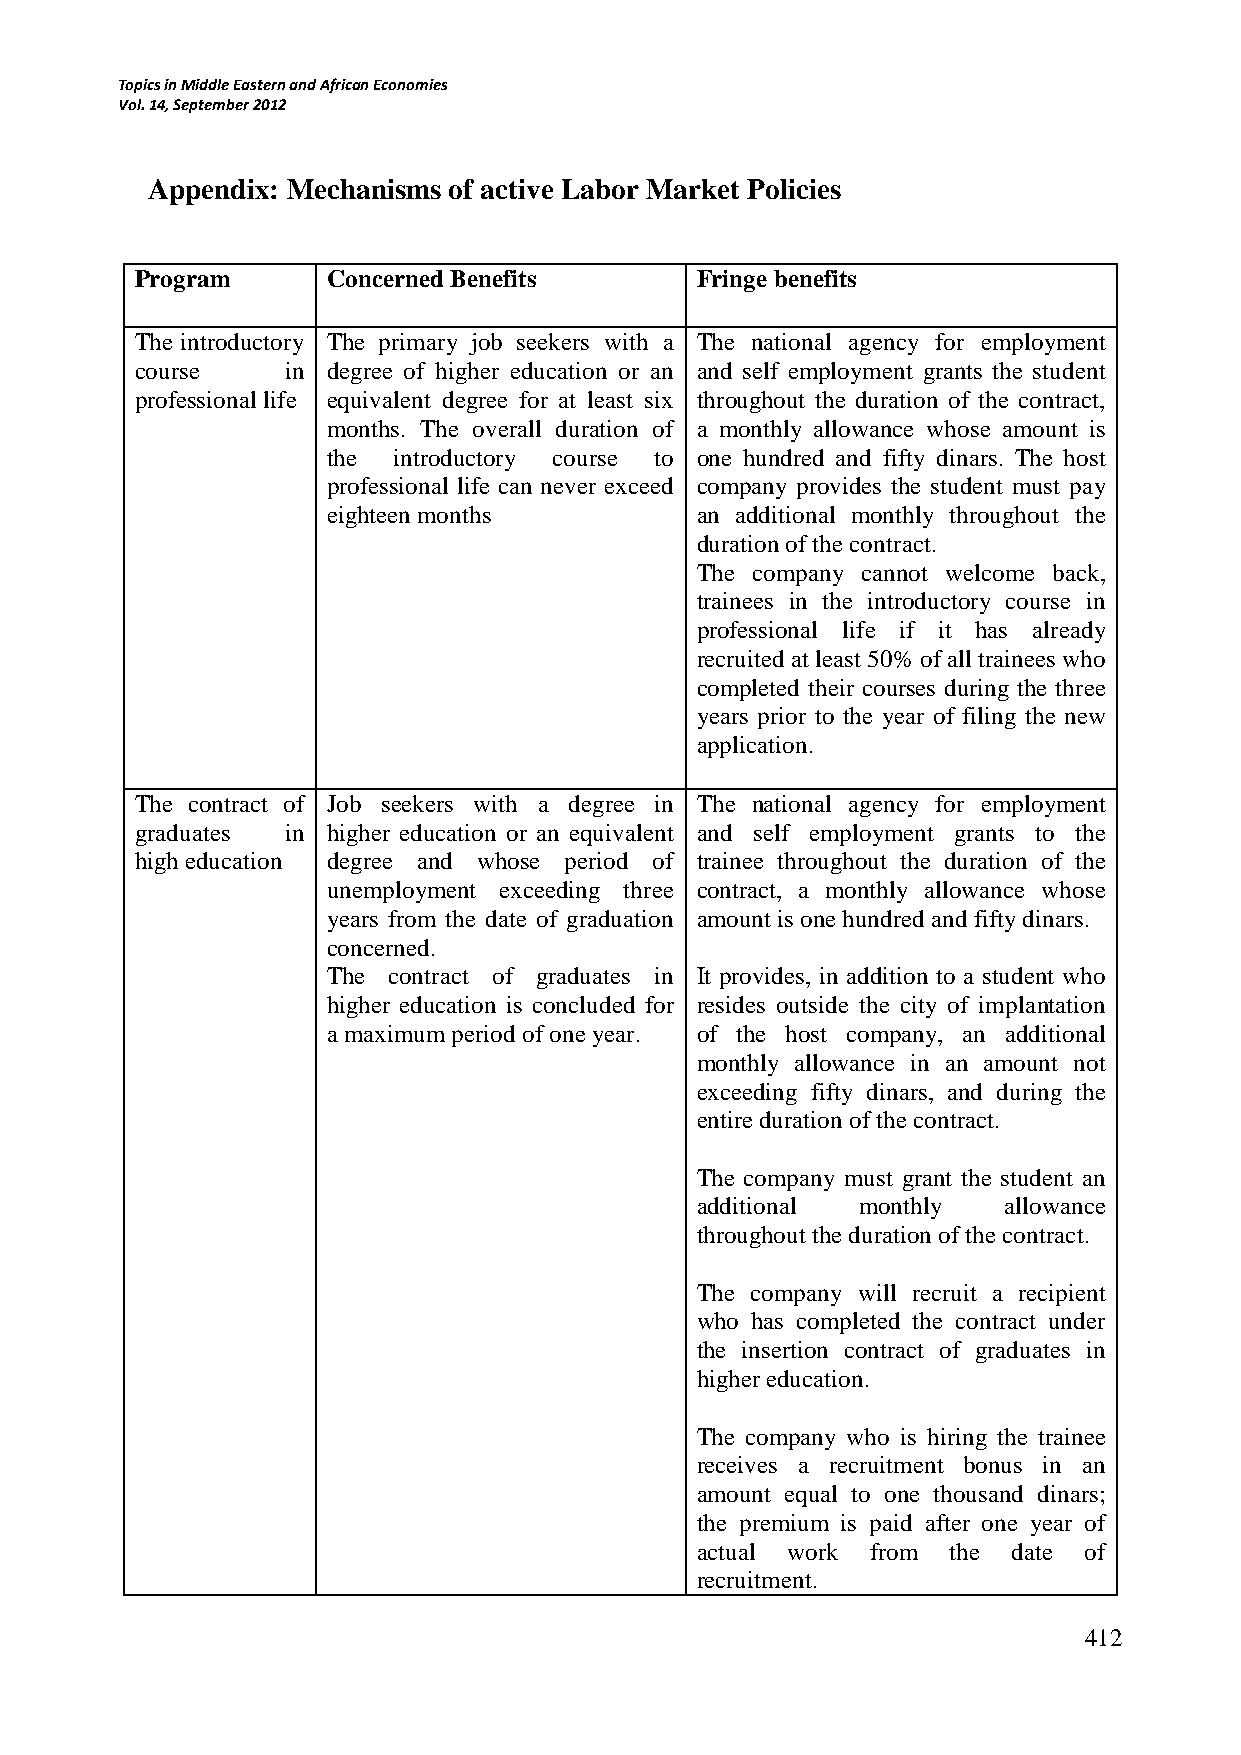
Topics in Middle Eastern and African Economies
 Vol. 14, September 2012
 Appendix: Mechanisms of active Labor Market Policies
 Program      Concerned Benefits      Fringe benefits
 The introductory The primary job seekers with a The national agency for employment
 course    in degree of higher education or an and self employment grants the student
 professional life equivalent degree for at least six throughout the duration of the contract,
 months. The overall duration of a monthly allowance whose amount is
 the introductory course to one hundred and fifty dinars. The host
 professional life can never exceed company provides the student must pay
 eighteen months         an additional monthly throughout the
 duration of the contract.
 The company cannot welcome back,
 trainees in the introductory course in
 professional life if it has already
 recruited at least 50% of all trainees who
 completed their courses during the three
 years prior to the year of filing the new
 application.
 The contract of Job seekers with a degree in The national agency for employment
 graduates in higher education or an equivalent and self employment grants to the
 high education degree and whose period of trainee throughout the duration of the
 unemployment exceeding three contract, a monthly allowance whose
 years from the date of graduation amount is one hundred and fifty dinars.
 concerned.
 The contract of graduates in It provides, in addition to a student who
 higher education is concluded for resides outside the city of implantation
 a maximum period of one year. of the host company, an additional
 monthly allowance in an amount not
 exceeding fifty dinars, and during the
 entire duration of the contract.
 The company must grant the student an
 additional monthly  allowance
 throughout the duration of the contract.
 The company will recruit a recipient
 who has completed the contract under
 the insertion contract of graduates in
 higher education.
 The company who is hiring the trainee
 receives a recruitment bonus in an
 amount equal to one thousand dinars;
 the premium is paid after one year of
 actual work from the date of
 recruitment.
 412